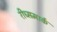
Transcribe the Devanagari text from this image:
रीच्समार्क